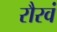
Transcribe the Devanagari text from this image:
रौरवं